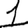
Digit: 1